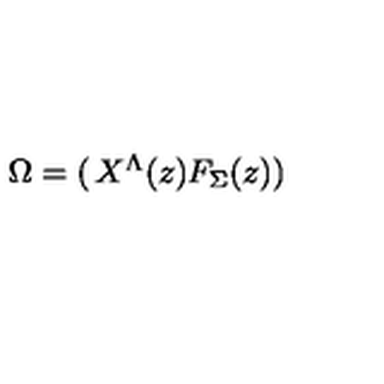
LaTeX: \Omega = \left( \begin{matrix} { X ^ { \Lambda } ( z ) } \\ { F _ { \Sigma } ( z ) } \\ \end{matrix} \right)